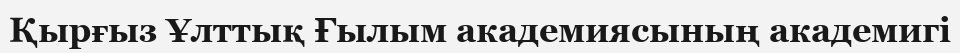
Қырғыз Ұлттық Ғылым академиясының академигі